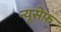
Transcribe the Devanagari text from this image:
न्यूसेफ़